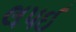
લપઈ